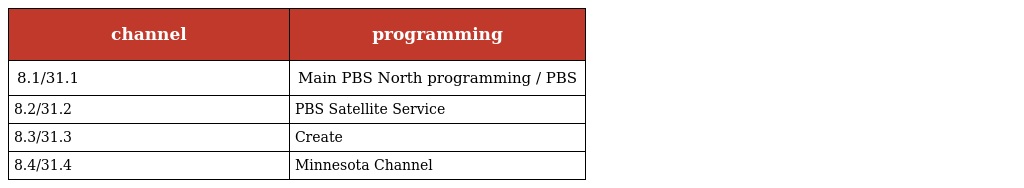
| channel | programming |
 | --- | --- |
 | 8.1/31.1 | Main PBS North programming / PBS |
 | 8.2/31.2 | PBS Satellite Service |
 | 8.3/31.3 | Create |
 | 8.4/31.4 | Minnesota Channel |